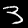
Label: 3